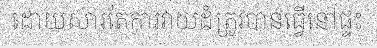
ដោយសារតែការវាយដំត្រូវបានធ្វើនៅផ្ទះ